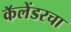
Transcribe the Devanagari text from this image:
कॅलेंडरचा